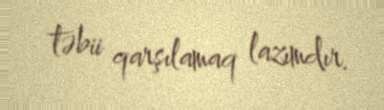
təbii qarşılamaq lazımdır.